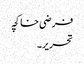
فرضی خاکچہ
تحریر۔